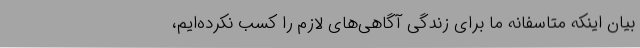
بیان اینکه متاسفانه ما برای زندگی آگاهی‌های لازم را کسب نکرده‌ایم،